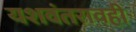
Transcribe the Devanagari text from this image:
यशवंतरावही